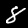
Label: 8